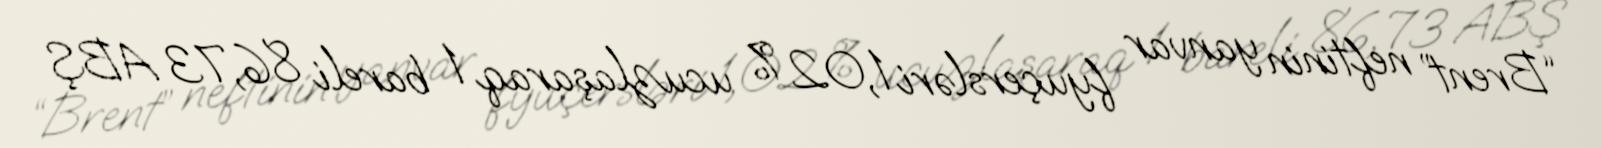
“Brent” neftinin yanvar fyuçersləri 1,02 % ucuzlaşaraq 1 bareli 86,73 ABŞ